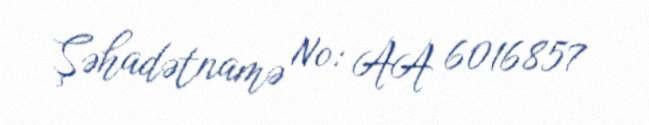
Şəhadətnamə №: AA 6016857